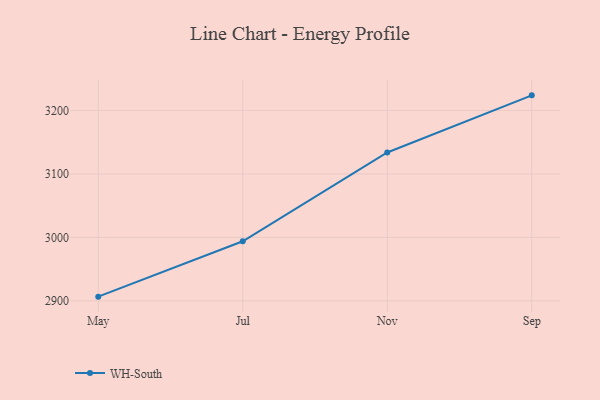
{"axis": {"x": "Month", "y": "Headcount"}, "legend": ["WH-South"], "data": [{"x": "May", "y": 2906.6, "type": "WH-South"}, {"x": "Jul", "y": 2993.9, "type": "WH-South"}, {"x": "Nov", "y": 3133.8, "type": "WH-South"}, {"x": "Sep", "y": 3223.8, "type": "WH-South"}]}